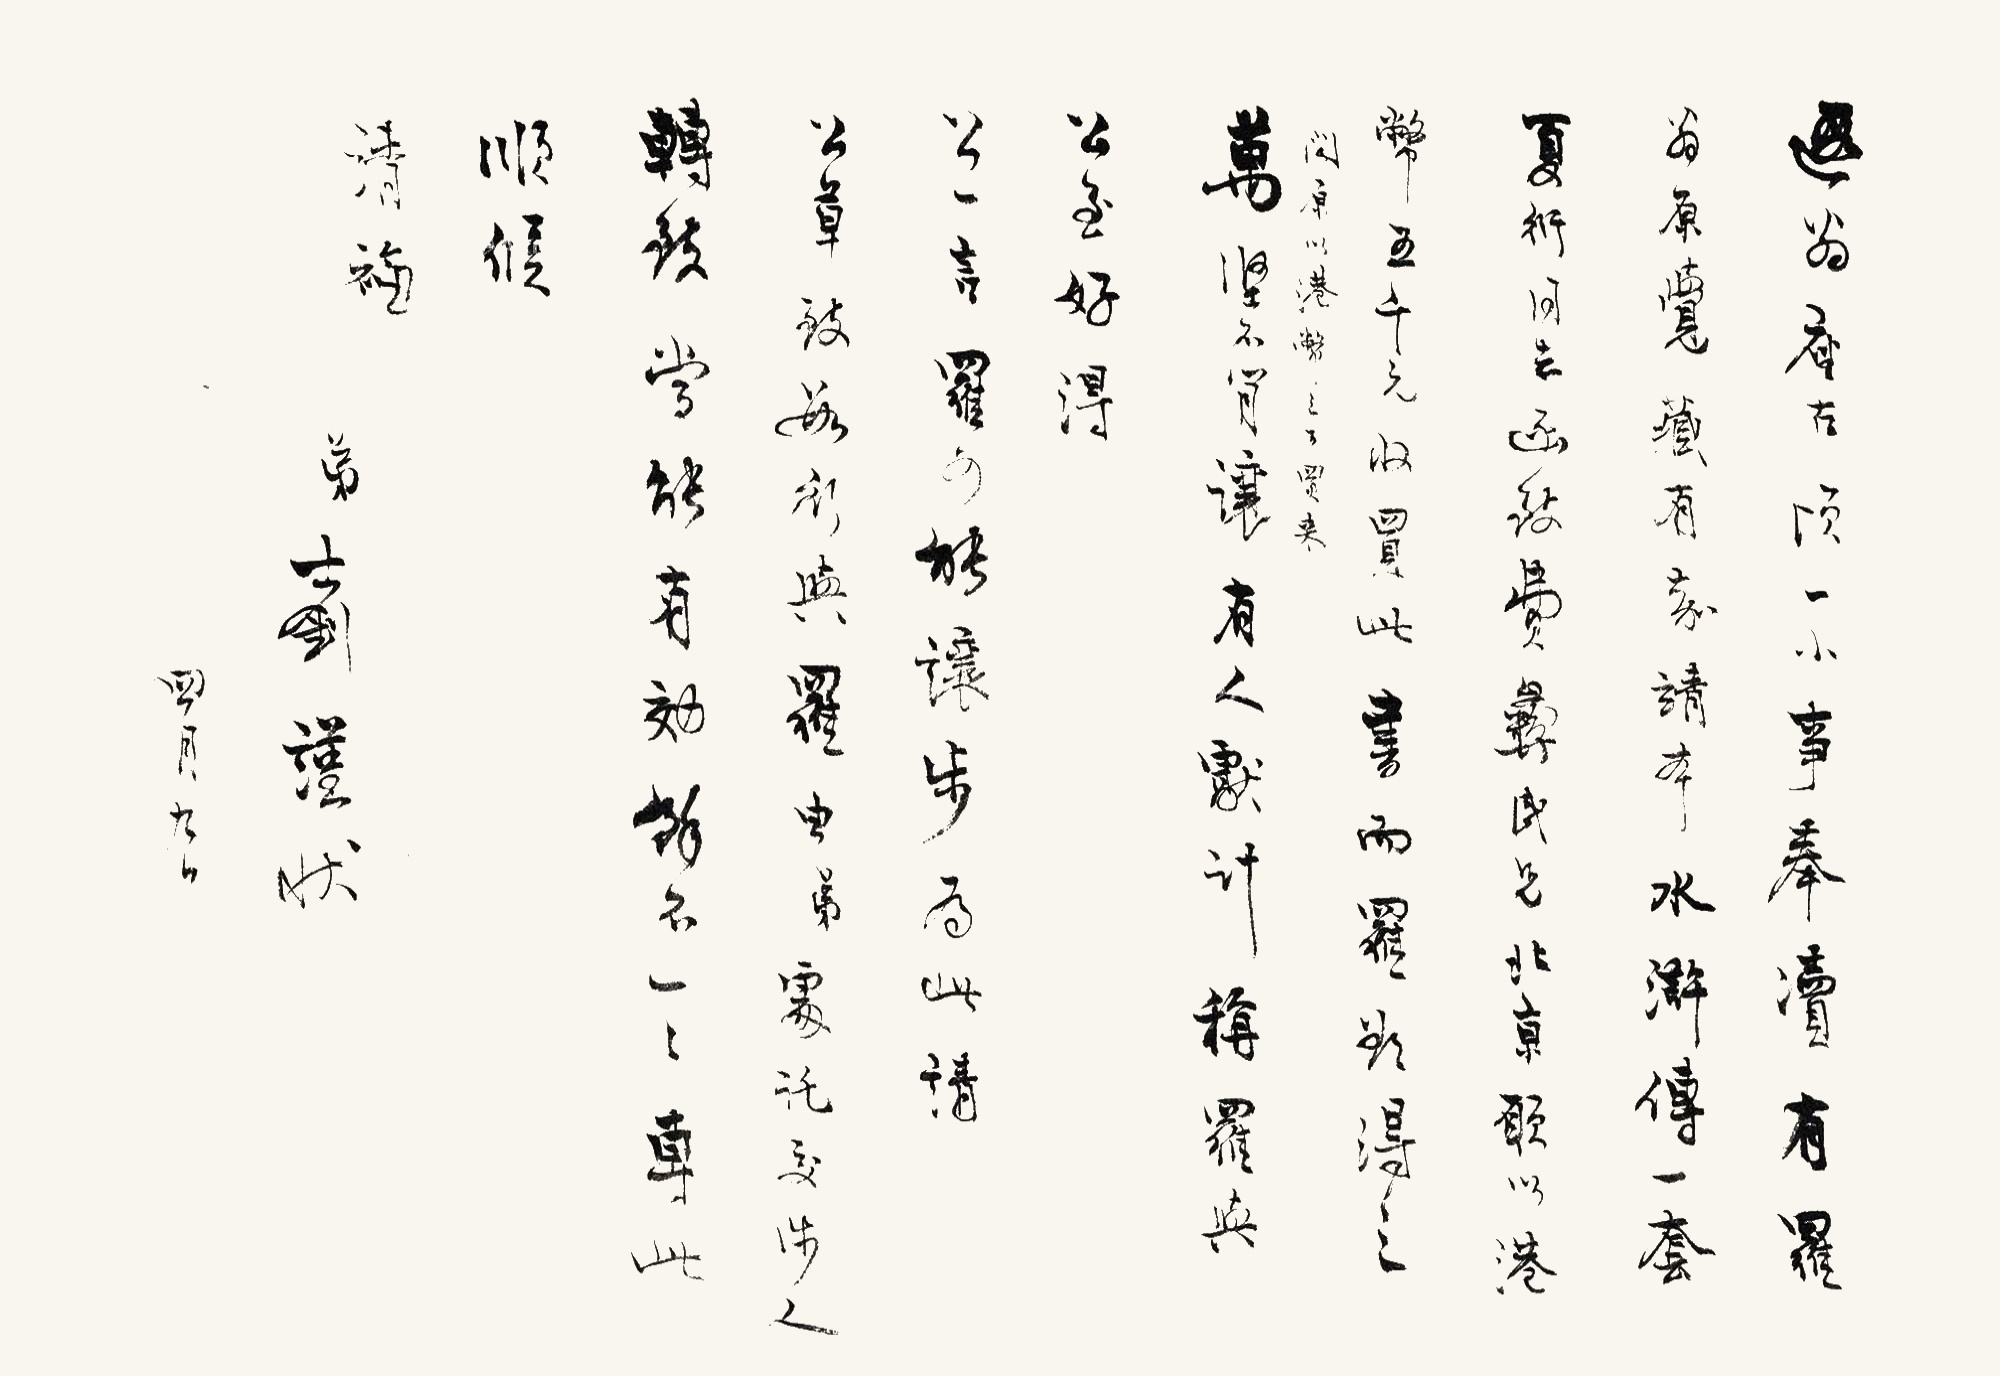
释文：遐翁座古，顷一小事奉渎有罗翁原觉藏有嘉靖本水浒传一套，夏衍同志函致费彝民兄，北京愿以港币五千元收买此书，而罗欲得之，闻原以港币三万买来，万坚不肯让。有人献计称罗与公至好，得公一言，罗可能让步，为此，请公草致数行与罗，由弟处托交涉人转致，当能有效。余不一一专此，顺候清福。弟士钊谨状，四月九日。